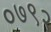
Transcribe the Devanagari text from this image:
०७९२